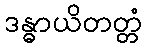
ဒန္ဓာယိတတ္တံ